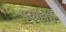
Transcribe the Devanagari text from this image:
परग्रहांचे